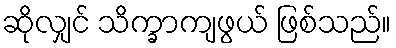
ဆိုလျှင် သိက္ခာကျဖွယ် ဖြစ်သည်။